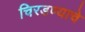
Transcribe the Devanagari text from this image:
चिरडण्‍याचे